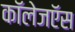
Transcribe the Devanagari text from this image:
कॉलेजऍस